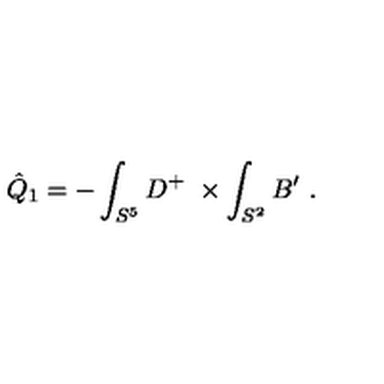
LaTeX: \hat { Q } _ { 1 } = - \int _ { S ^ { 5 } } D ^ { + } \ \times \int _ { S ^ { 2 } } B ^ { \prime } \ .